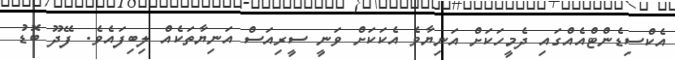
އެކްސިޑެންޓްއެއްގައި ދެމީހަކަށް އަނިޔާވެ އެކަކަށް ވަނީ ސީރިއަސް އަނިޔާތަކެއް ލިބިފައެވެ. ފޭދޫ ބޮޑު